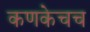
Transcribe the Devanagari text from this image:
कणकेचच